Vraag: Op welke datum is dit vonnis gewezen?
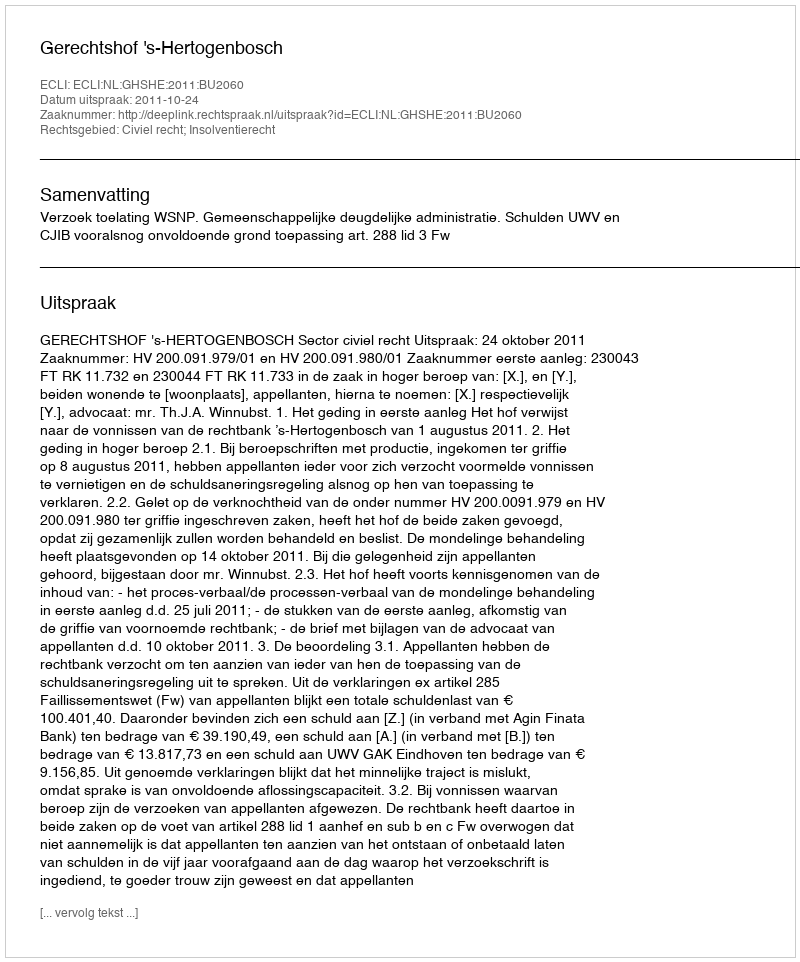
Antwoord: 2011-10-24